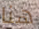
هنا